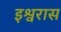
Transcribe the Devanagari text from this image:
इश्वरास